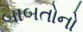
બાબતોનો